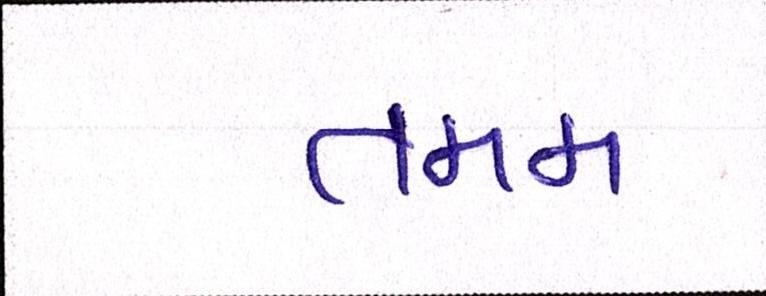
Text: તમમ